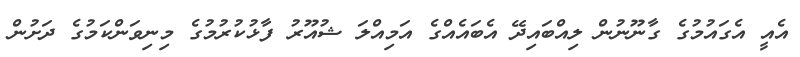
އެއީ އެގައުމުގެ ގާނޫނުން ލިއްބައިދޭ އެބައެއްގެ އަމިއްލަ ޝުއޫރު ފާޅުކުރުމުގެ މިނިވަންކަމުގެ ދަށުން